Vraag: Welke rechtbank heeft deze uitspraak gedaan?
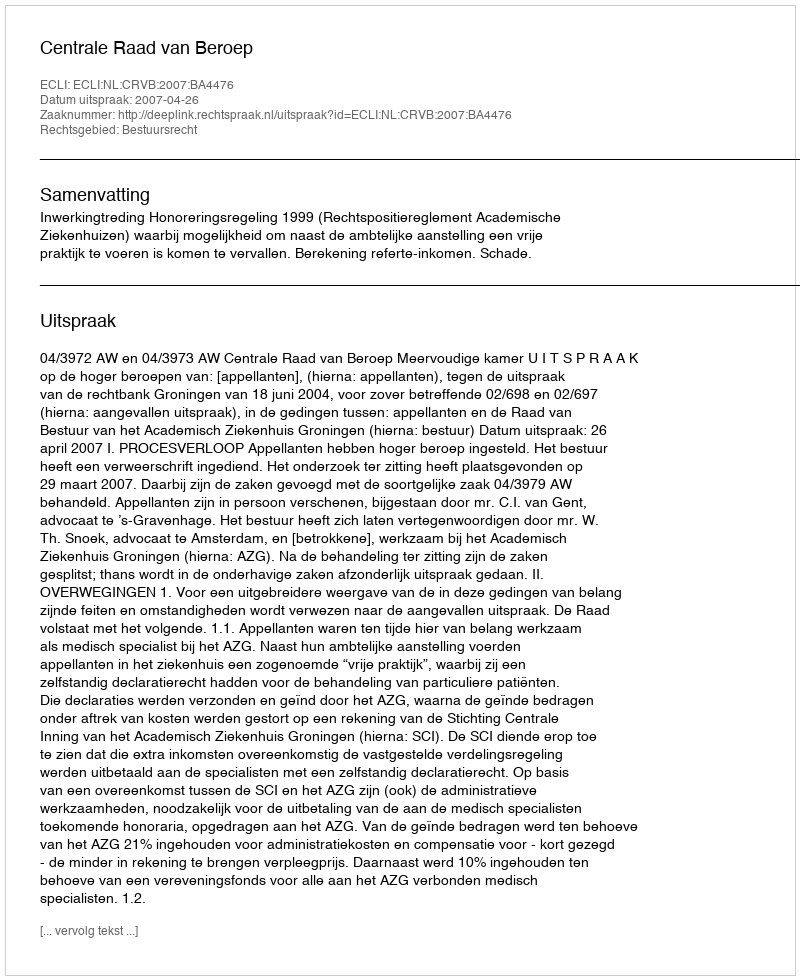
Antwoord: Centrale Raad van Beroep